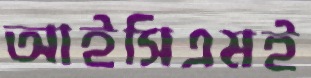
আইসিএমই